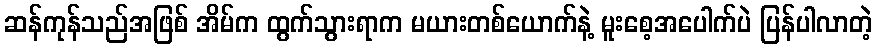
ဆန်ကုန်သည်အဖြစ် အိမ်က ထွက်သွားရာက မယားတစ်ယောက်နဲ့ မူးစေ့အပေါက်ပဲ ပြန်ပါလာတဲ့